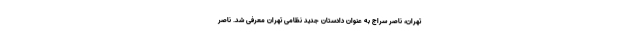
تهران، ناصر سراج به عنوان دادستان جدید نظامی تهران معرفی شد. ناصر